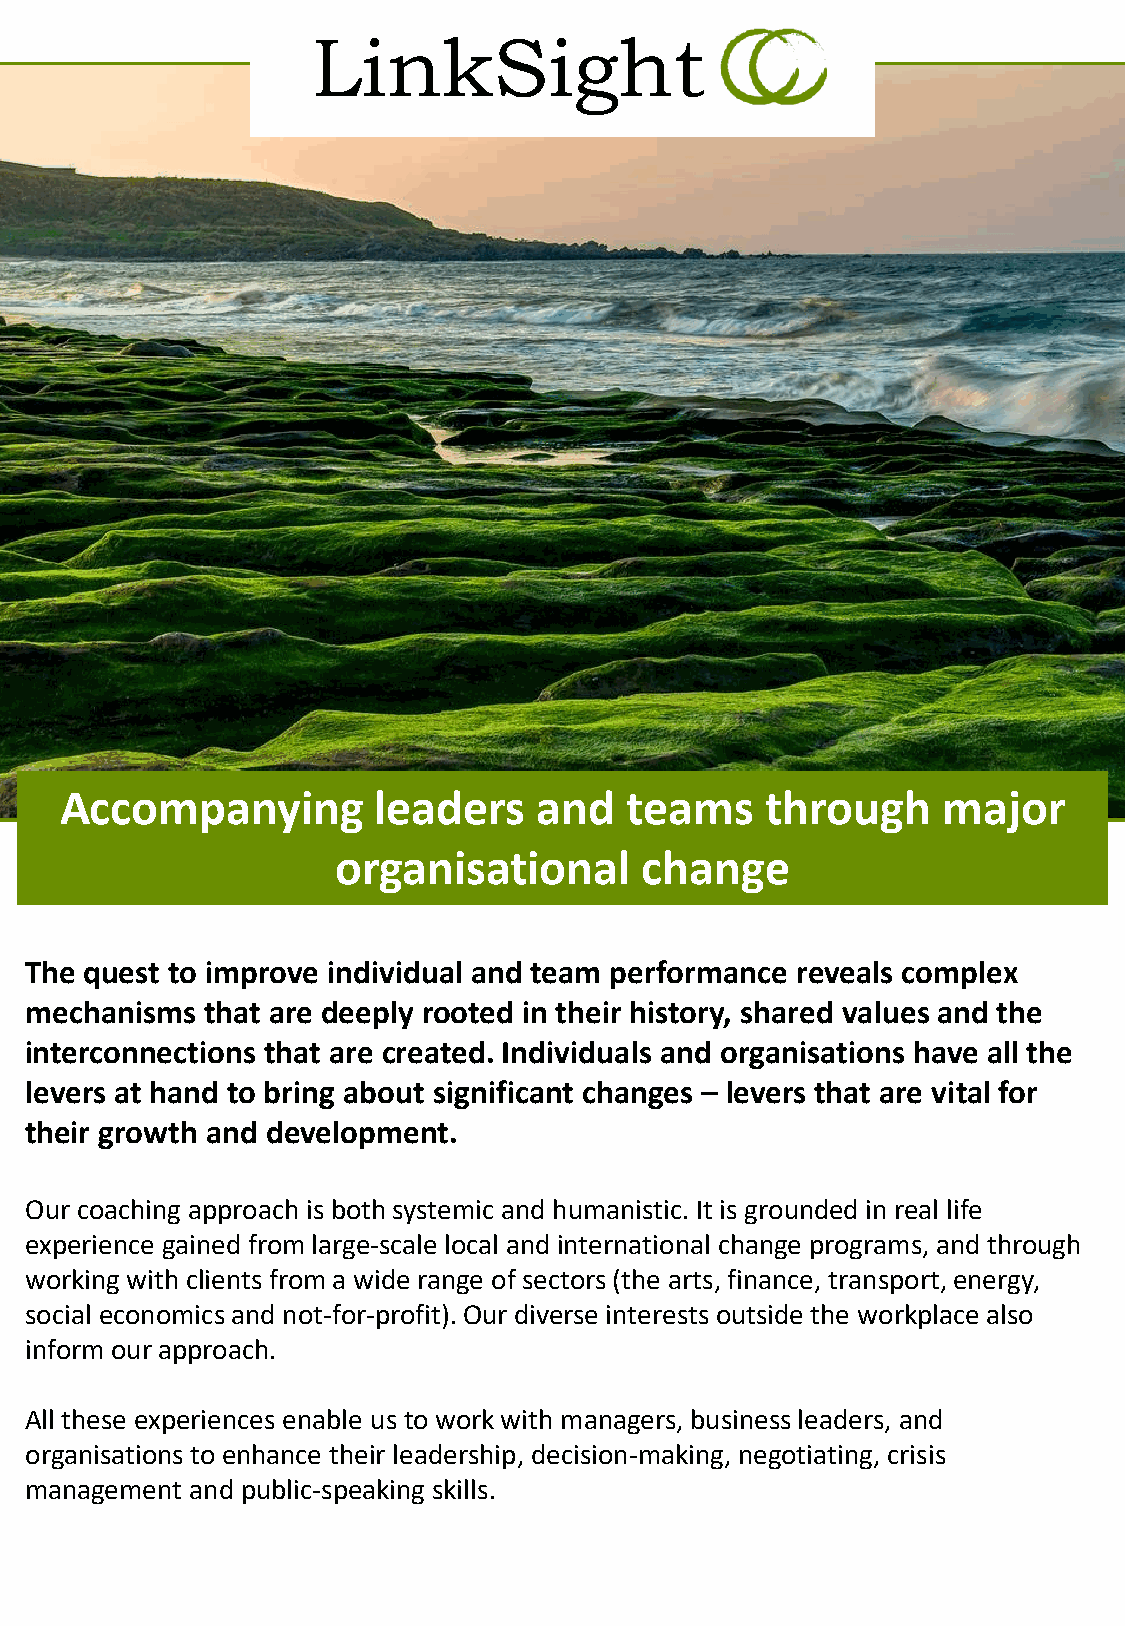
LinkSight
 Accompanying         leaders    and   teams    through    major
 organisational       change
 The quest to improve individual and team performance reveals complex
 mechanisms  that are deeply rooted in their history, shared values and the
 interconnections that are created. Individuals and organisations have all the
 levers at hand to bring about significant changes – levers that are vital for
 their growth and development.
 Our coaching approach is both systemic and humanistic. It is grounded in real life
 experience gained from large-scale local and international change programs, and through
 working with clients from a wide range of sectors (the arts, finance, transport, energy,
 social economics and not-for-profit). Our diverse interests outside the workplace also
 inform our approach.
 All these experiences enable us to work with managers, business leaders, and
 organisations to enhance their leadership, decision-making, negotiating, crisis
 management and public-speaking skills.